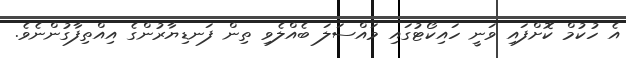
އެ ހުކުމް ކޮށްފައި ވަނީ ހައިކޯޓުގައި މައްސަލަ ބެއްލެވި ތިން ފަނޑިޔާރުންގެ އިއްތިފާގުންނެވެ.